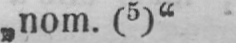
„nom. (5)“